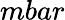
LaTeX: mbar